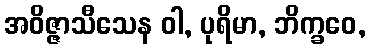
အဝိဇ္ဇာသီသေန ဝါ, ပုရိမာ, ဘိက္ခဝေ,